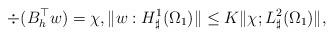
LaTeX: \begin{align*}{\div } (B_h^{\top} w)=\chi, \|w: H^1_\sharp(\Omega_1)\|\leq K \|\chi; L^2_\sharp(\Omega_1)\|,\end{align*}